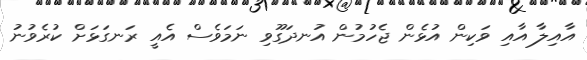
އާއިލާ އާއި ވަކިން އުޅެން ޖެހުމުން އުނދަގޫވި ނަމަވެސް އެއީ ރަނގަޅަށް ކުރެވުނު